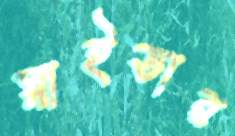
স্নাইডার